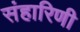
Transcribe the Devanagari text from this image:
संहारिणी